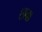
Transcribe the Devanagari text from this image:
छक्क